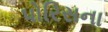
પોરિસના